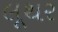
લૂથર